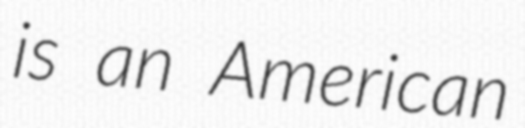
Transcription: is an American